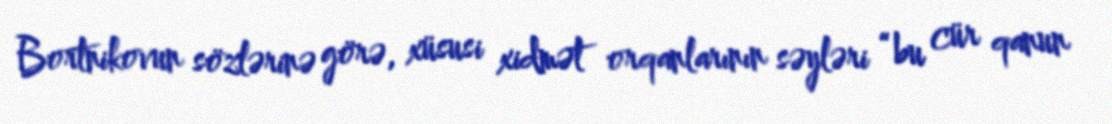
Bortnikovun sözlərinə görə, xüsusi xidmət orqanlarının səyləri “bu cür qanun